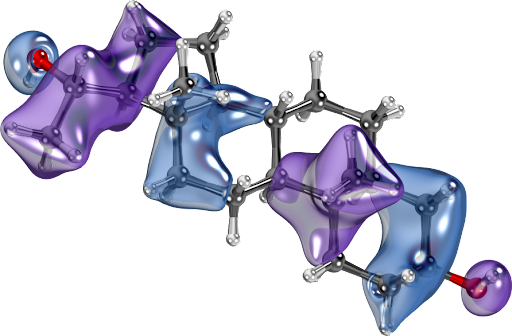
iboview, orbital